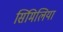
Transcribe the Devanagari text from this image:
सिमिलिया